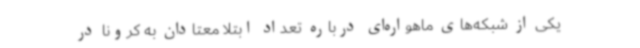
یکی از شبکه‌های ماهواره‌ای درباره تعداد ابتلا معتادان به کرونا در